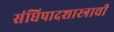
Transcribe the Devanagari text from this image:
संधिपादशास्त्राची